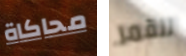
محاكاة للقمر